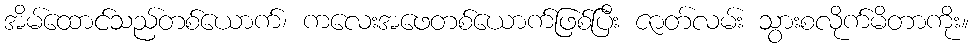
အိမ်ထောင်သည်တစ်ယောက်၊ ကလေးအဖေတစ်ယောက်ဖြစ်ပြီး ဇာတ်လမ်း သွားစလိုက်မိတာကိုး။